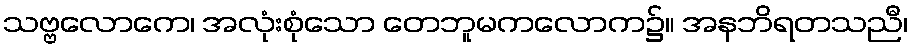
သဗ္ဗလောကေ၊ အလုံးစုံသော တေဘူမကလောက၌။ အနဘိရတသညီ၊